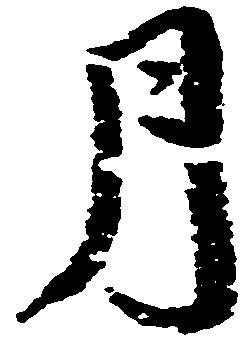
月